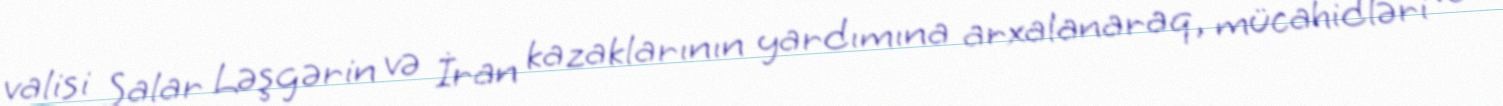
valisi Salar Ləşgərin və İran kazaklarının yardımına arxalanaraq, mücahidləri və